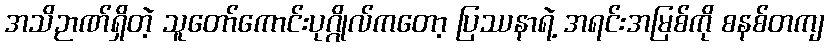
အသိဉာဏ်ရှိတဲ့ သူတော်ကောင်းပုဂ္ဂိုလ်ကတော့ ပြဿနာရဲ့ အရင်းအမြစ်ကို စနစ်တကျ